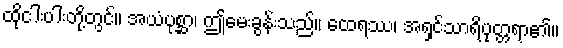
ထိုငါးပါးတို့တွင်။ အယံပုစ္ဆာ၊ ဤမေးခွန်းသည်။ ထေရဿ၊ အရှင်သာရိပုတ္တရာ၏။